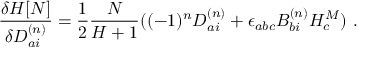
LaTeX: \frac { { \delta } { \cal H } [ N ] } { { \delta } D _ { a i } ^ { ( n ) } } = \frac { 1 } { 2 } \frac { N } { { \cal H } + 1 } ( ( - 1 ) ^ { n } D _ { a i } ^ { ( n ) } + { \epsilon } _ { a b c } B _ { b i } ^ { ( n ) } { \cal H } _ { c } ^ { M } ) \ .